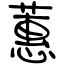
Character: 蕙